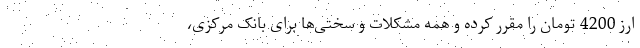
ارز 4200 تومان را مقرر کرده و همه مشکلات و سختی‌ها برای بانک مرکزی،